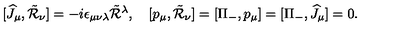
[ \widehat { J } _ { \mu } , \tilde { \cal R } _ { \nu } ] = - i \epsilon _ { \mu \nu \lambda } \tilde { \cal R } { } ^ { \lambda } , \quad [ p _ { \mu } , \tilde { \cal R } _ { \nu } ] = [ \Pi _ { - } , p _ { \mu } ] = [ \Pi _ { - } , \widehat { J } _ { \mu } ] = 0 .